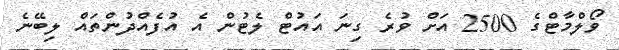
ވޯލްމާޓްގެ 2500 އަށް ވުރެ ގިނަ އައުޓް ލެޓުން އެ އުފެއްދުންތައް ލިބޭނެ